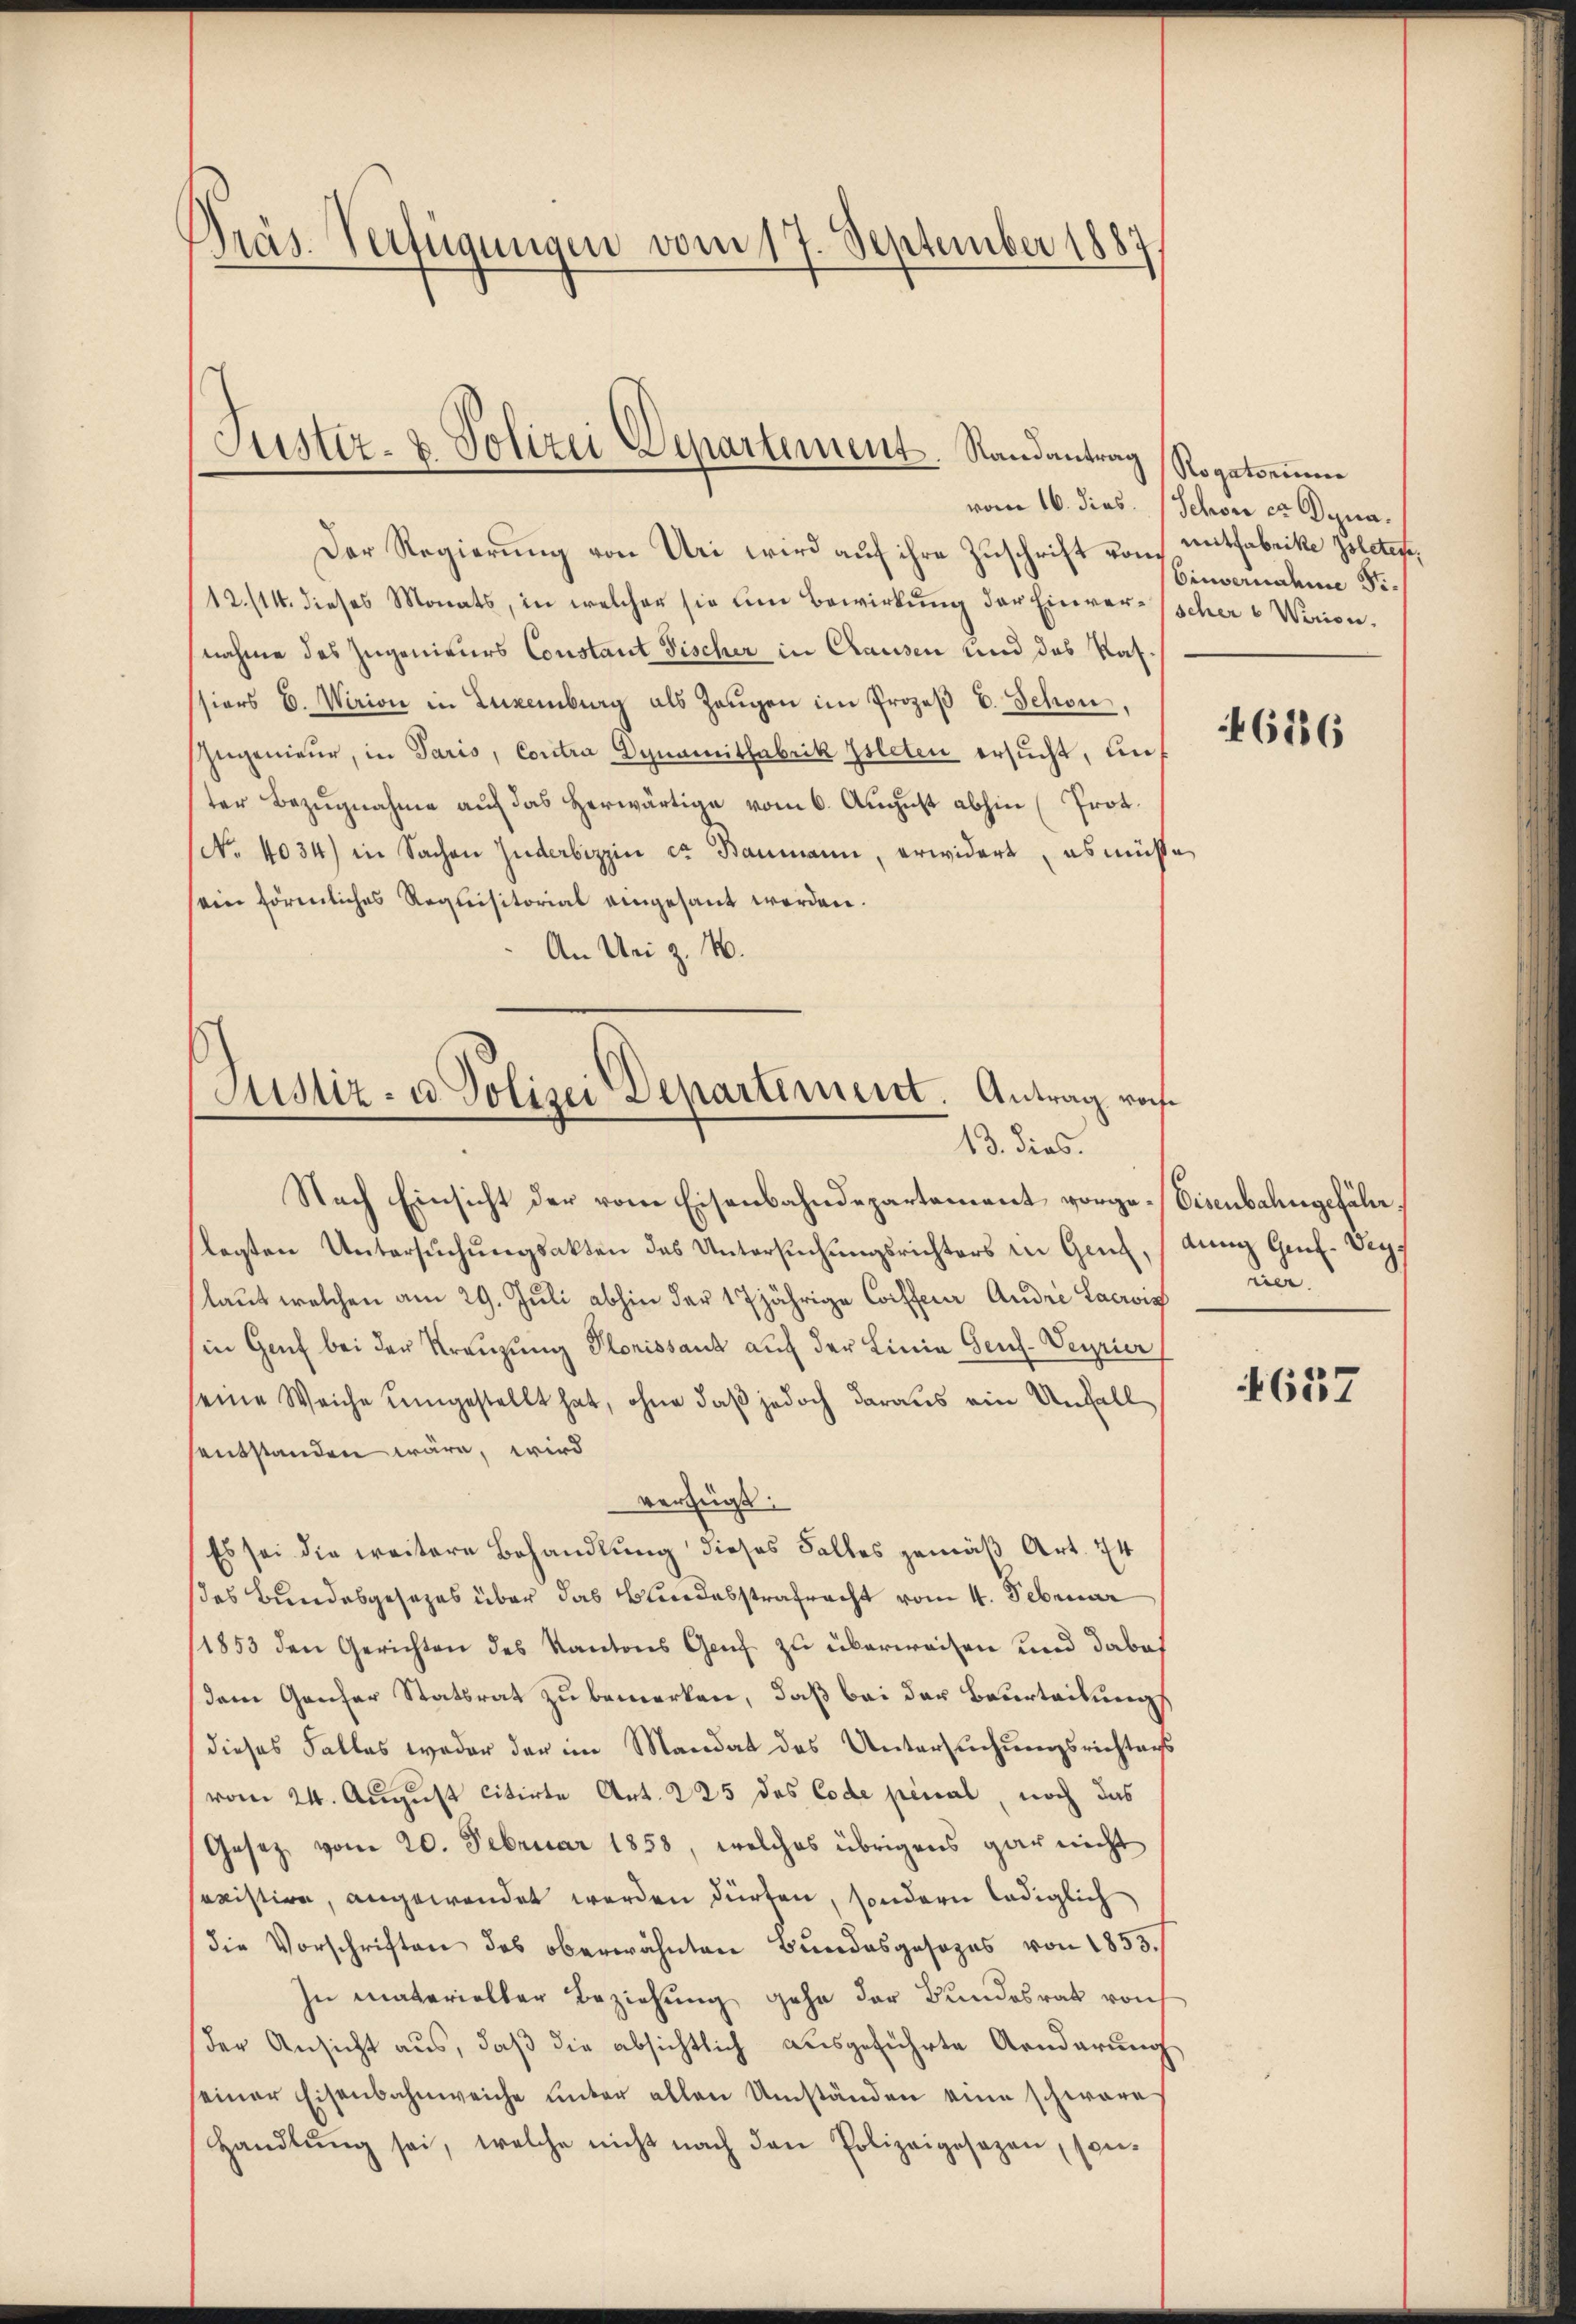
Präs. Verfügungen vom 17. September 1887

Justiz- & Polizei Departement. Randantrag Rogatorinne

Der Regierung von Uri wird auf ihre Zuschrift von mitfabrike Poletefe,
12./14. dieses Monats, in welcher sie um Bewirkung der Einverscher 6 Werien.
nahme das Zugenieurs Constant Fischer in Chausen und das Kassiers E. Wirion in Luxenburg als Zeŭgen im Prozeβ v. Schon,
Ingenieur, in Paris, Contra Dynamitfabrik Isleten ersucht, unter Bezugnahme auf das Herwärtige vom 6. August abhin (Prot.
No. 4034) in Sachen Zuderbizzin er Baumann, erwidert, es müsse
sein hörenliches Requisitorial eingesant worden.
An Uri z. B.

Justiz- u. Polizei Departement. Antrag roch
13. dies.

Nach Einsicht der vom Eisenbahndepartement vorge-Eisenbahngefähr.
legten Untersŭchŭngsakten das Untersŭchŭngsrichters in Genf, / den Genf-Vey¬
(laut welchen am 29. Juli abhin der 17 jährige Coiffeur Andre Lacrois
in Genf bei der Kreuzung Plorissant auf der Linie Gens-Verrier
eine Weiche umgestellt hat, ohne daß jedoch daraus ein Unfall
sentstanden wäre, wird
verfügt:
Es sei die weitere Behandlung dieses Falles gemäß Art. 74
das Bundesgesezes über das Bundesstrafracht vom 4. Februar
1853 den Gerichten des Kantons Genf zu überweisen und dabei
dem Genfer Statsrat zu bemerken, daß bei der Beurteilungs
dieses Falles weder der im Mandat des Untersuchungsrichtans
(vom 24. August citirte Art. 225 des Code penal, noch das
Gesetz vom 20. Februar 1858, welches übrigens gar nicht
existire, angewendet werden dürfen, sondern lediglich
die Vorschriften des oberwähnten Bŭndesgesezes von 1853.
In materieller Beziehung gehe der Bundesrath von
der Ansicht aus, daβ die absichtlich ausgeführte Aenderung
seiner Eisenbahnweiche ŭnter allen Umständen eine schware
Handlŭng sei, welche nicht nach den Polizeigesezen, son-

vom 16. dies. Schon er Depa¬

Einvernahme Si¬

46186

uer.

657